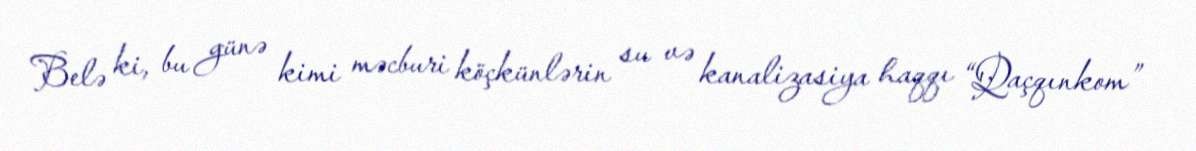
Belə ki, bu günə kimi məcburi köçkünlərin su və kanalizasiya haqqı “Qaçqınkom”